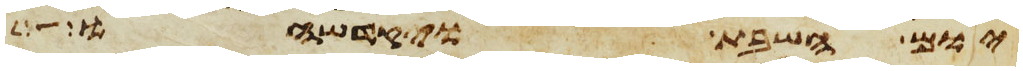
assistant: יום השבת ויקדשהו